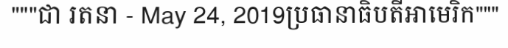
"""ជា រតនា - May 24, 2019ប្រធានាធិបតីអាមេរិក"""